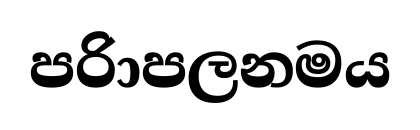
පරිාපලනමය